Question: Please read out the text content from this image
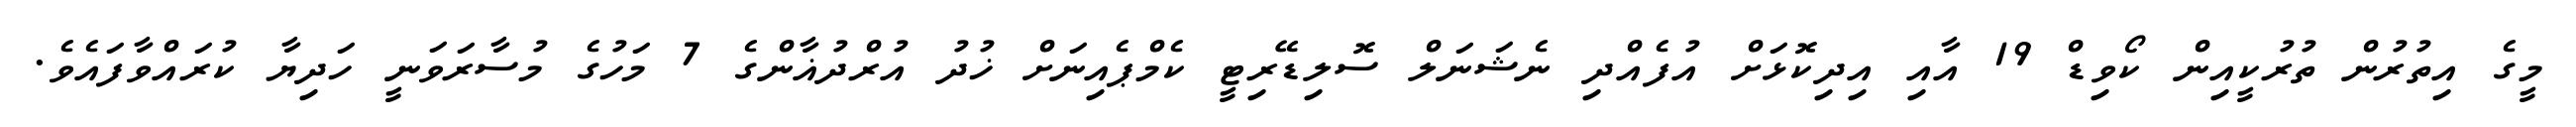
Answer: މީގެ އިތުރުން ތުރުކީއިން ކޯވިޑް 19 އާއި އިދިކޮޅަށް އުފެއްދި ނެޝަނަލް ސޮލިޑޭރިޓީ ކެމްޕެއިނަށް ޚުދު އުރްދުޣާންގެ 7 މަހުގެ މުސާރަވަނީ ހަދިޔާ ކުރައްވާފައެވެ.